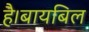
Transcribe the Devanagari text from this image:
है।बायबिल